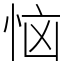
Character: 恼